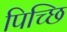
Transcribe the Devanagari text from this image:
पिच्छि